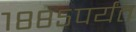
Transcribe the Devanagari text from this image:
१८८५पर्यंत